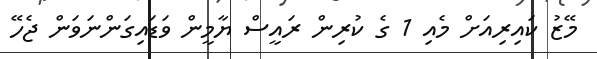
މޭޒު ކައިރިއަށް މެއި 1 ގެ ކުރިން ރައީސް ޔާމީން ވަޑައިގަންނަވަން ޖެހޭ